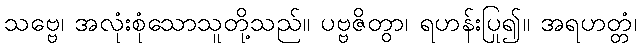
သဗ္ဗေ၊ အလုံးစုံသောသူတို့သည်။ ပဗ္ဗဇိတွာ၊ ရဟန်းပြု၍။ အရဟတ္တံ၊